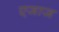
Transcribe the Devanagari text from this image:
एजाज